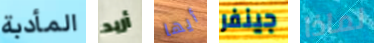
المأدبة أريد أيها جينفر لماذا